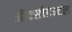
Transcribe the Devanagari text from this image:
ऑक्सीडेन्टल